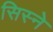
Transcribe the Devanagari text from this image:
सिस्ने